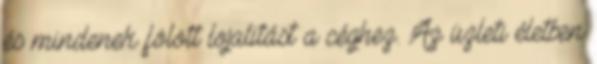
és mindenek fölött lojalitást a céghez. Az üzleti életben